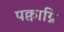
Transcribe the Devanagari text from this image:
पक्वाग्नि